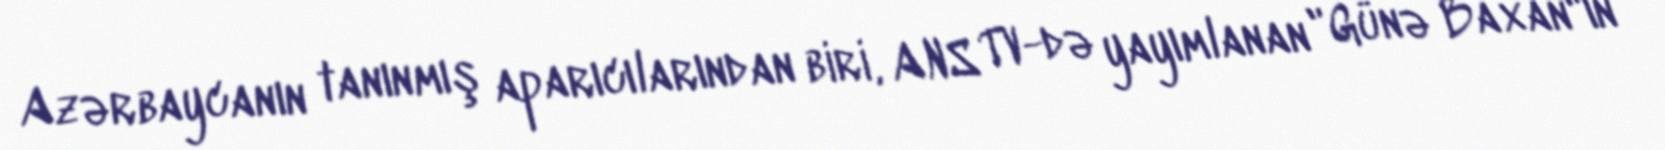
Azərbaycanın tanınmış aparıcılarından biri, ANS TV-də yayımlanan "Günə Baxan"ın